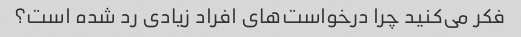
فکر می‌کنید چرا درخواست‌های افراد زیادی رد شده است؟